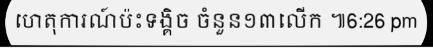
ហេតុការណ៍ប៉ះទង្គិច ចំនួន១៣លើក ៕6:26 pm